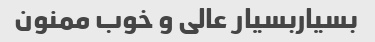
بسیاربسیار عالی و خوب ممنون